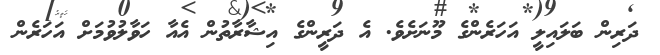
ދަރިން ބަލައިލީ އަހަރެންގެ މޫނަށެވެ. އެ ދަރީންގެ އިޝާރާތުން އެއާ ހަވާލުވުމަށް އަހަރެން